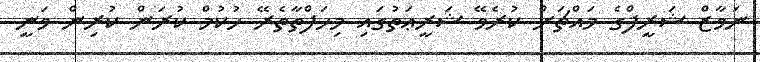
ނަވާޒް ޝަރީފްގެ މައްޗަށް ކުރެވޭ ޝަރީޢަތުގައި މިހަފްތާތެރޭ ހުކުމް ކުރަން ކުރިން ވަނީ